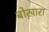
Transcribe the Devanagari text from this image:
बोख़ारा